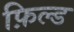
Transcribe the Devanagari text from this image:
फ़िल्ड